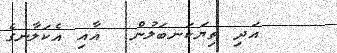
އަދި ތިޔަކަނބަލުން  އާއި އެކަލާނގެ